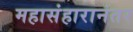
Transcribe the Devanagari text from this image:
महासंहारानंतर